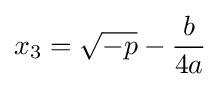
x_{3}={\sqrt {-p}}-{\frac {b}{4a}}